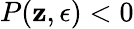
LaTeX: P(\mathbf{z},\epsilon)<0